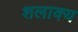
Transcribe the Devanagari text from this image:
शलाक्य